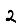
Digit: 2